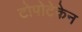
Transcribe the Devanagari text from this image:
टोपोटेकेन